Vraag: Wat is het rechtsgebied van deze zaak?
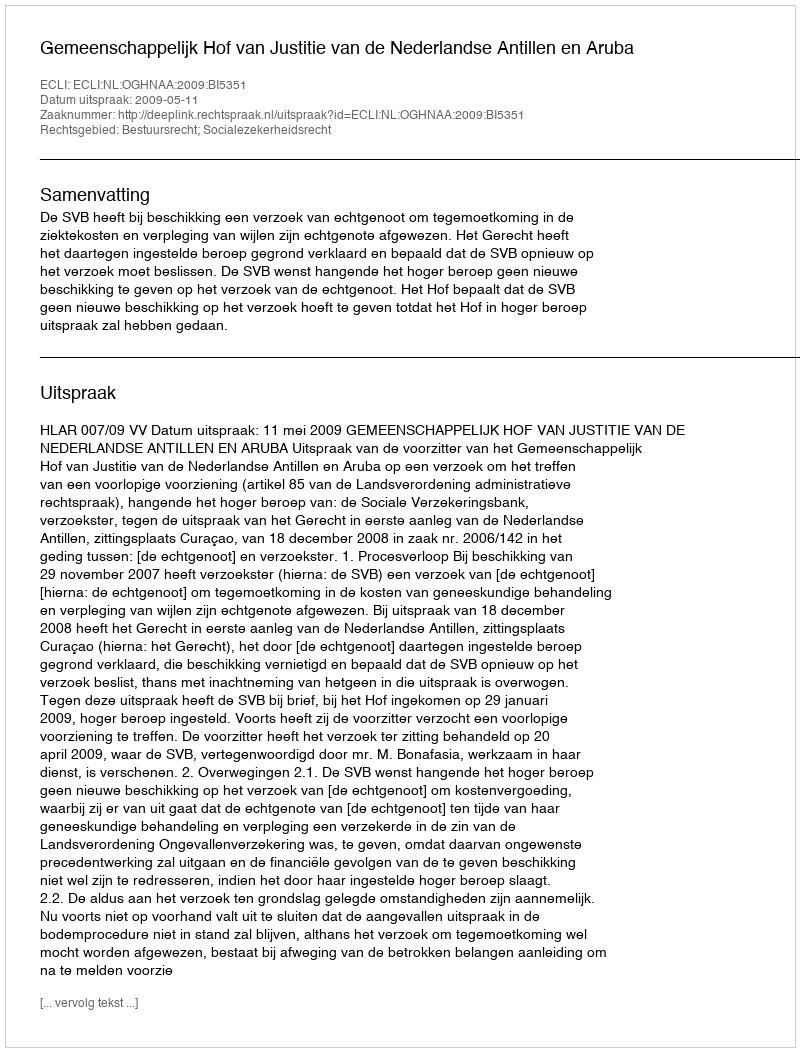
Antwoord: Bestuursrecht; Socialezekerheidsrecht